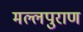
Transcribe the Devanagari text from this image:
मल्लपुराण